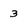
Character: 3